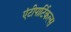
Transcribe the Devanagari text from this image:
एंटीपार्टिकल्स